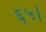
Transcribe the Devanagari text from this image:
६५।